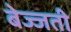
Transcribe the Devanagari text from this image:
बेज्जती